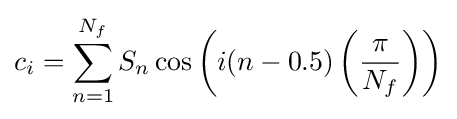
c_{i}=\sum _{n=1}^{N_{f}}S_{n}\cos \left(i(n-0.5)\left({\frac {\pi }{N_{f}}}\right)\right)